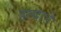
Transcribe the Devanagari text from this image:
हल्दाने